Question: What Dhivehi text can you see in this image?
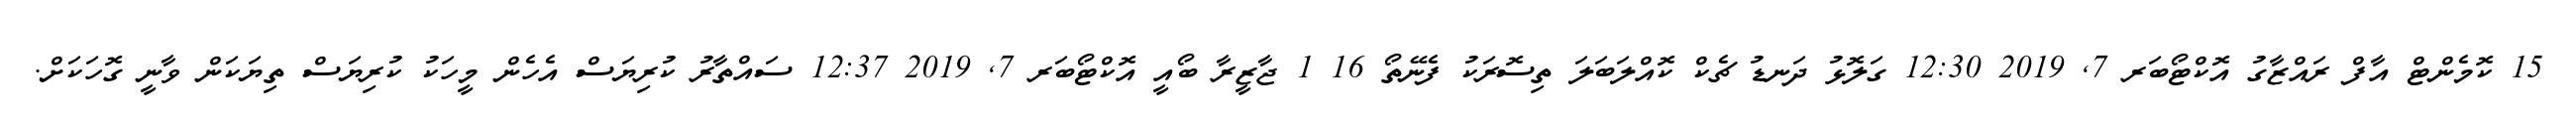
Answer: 15 ކޮމެންޓް އާފް ރައްޒާގު އޮކްޓޯބަރ 7, 2019 12:30 ގަލޮޅު ދަނޑު ޗެކް ކޮއްލަބަލަ ތިސޮރަކު ފެނޭތޯ 16 1 ޖާޒީރާ ބޯއީ އޮކްޓޯބަރ 7, 2019 12:37 ސައްތާރު ކުރިޔަސް އެހެން މީހަކު ކުރިޔަސް ތިޔަކަން ވާނީ ގޮހަކަށް.